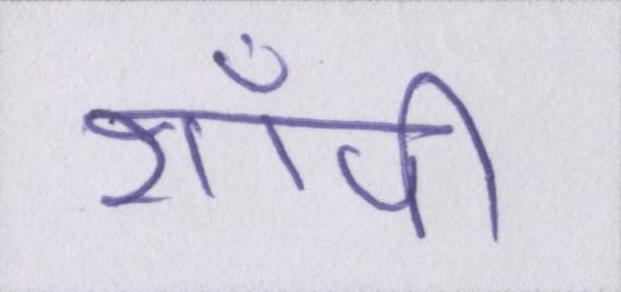
शॉपी